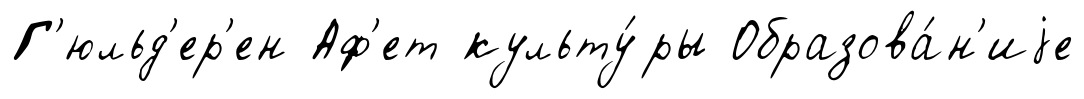
Г'юльд'ер'ен Аф'ет культу́ры Образова́н'иjе